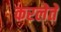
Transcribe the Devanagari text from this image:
करलेते